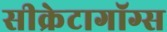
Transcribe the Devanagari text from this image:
सीक्रेटागॉग्स